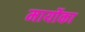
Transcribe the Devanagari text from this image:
मार्योका